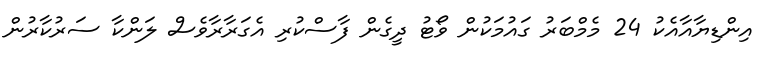
އިންޑިޔާއާއެކު 24 މެމްބަރު ގައުމަކުން ވޯޓު ދީގެން ފާސްކުރި އެގަރާރާވެސް ލަންކާ ސަރުކާރުން